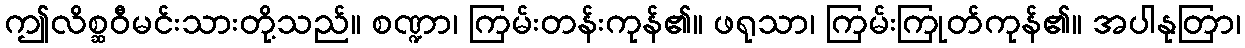
ဤလိစ္ဆဝီမင်းသားတို့သည်။ စဏ္ဍာ၊ ကြမ်းတန်းကုန်၏။ ဖရုသာ၊ ကြမ်းကြုတ်ကုန်၏။ အပါနုတြာ၊